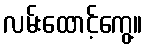
လမ်းထောင့်ကွေ့။